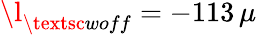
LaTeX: \l_{\textsc{woff}}=-113\, \mu